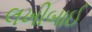
લખીબાઈ